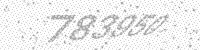
Solution: 783950